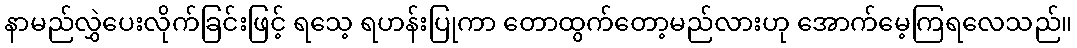
နာမည်လွှဲပေးလိုက်ခြင်းဖြင့် ရသေ့ ရဟန်းပြုကာ တောထွက်တော့မည်လားဟု အောက်မေ့ကြရလေသည်။